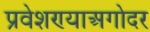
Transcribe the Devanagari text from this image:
प्रवेशण्याअगोदर